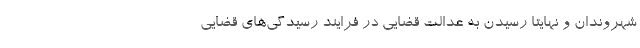
شهروندان و نهایتا رسیدن به عدالت قضایی در فرایند رسیدگی‌های قضایی